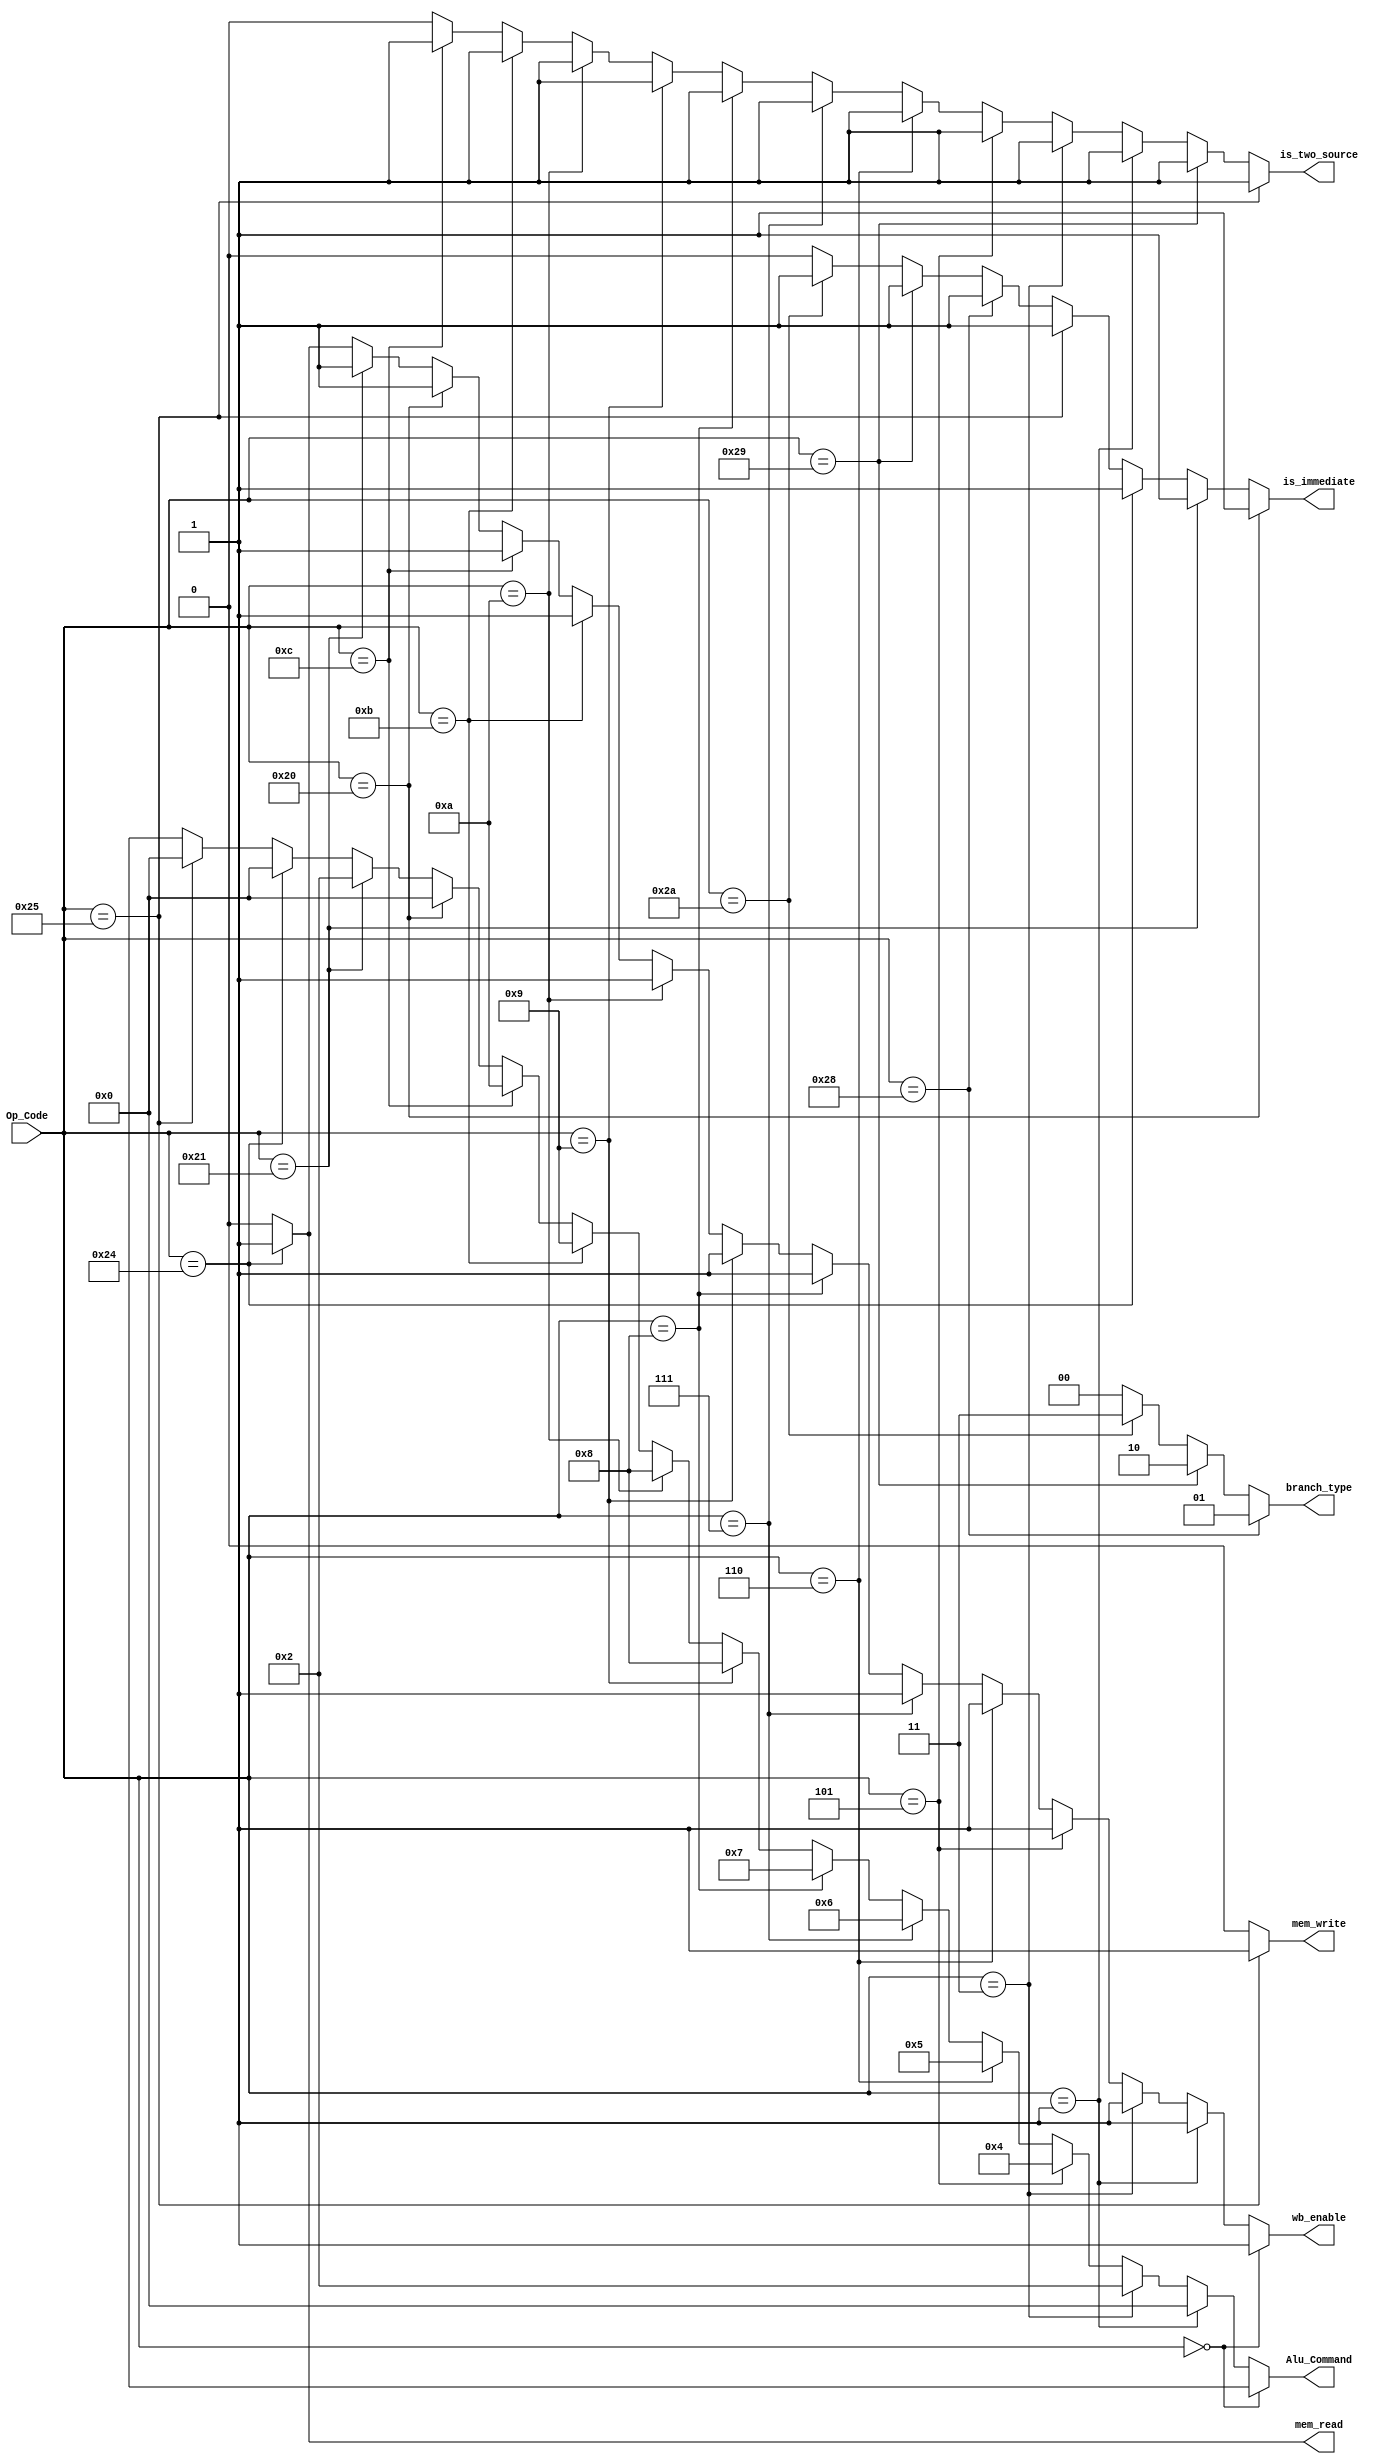
module Control_Unit(
    input[5:0] Op_Code,
    output [3:0] Alu_Command, output mem_read,mem_write,
    output [1:0] branch_type,
    output wb_enable,is_immediate,
    output is_two_source
  );
  assign Alu_Command = (Op_Code == 6'b000000) ?  4'bxxxx ://0
                       (Op_Code == 6'b000001) ?  4'b0000 ://1
                       (Op_Code == 6'b000011) ?  4'b0010 ://3
                       (Op_Code == 6'b000101) ?  4'b0100 ://5
                       (Op_Code == 6'b000110) ?  4'b0101 ://6
                       (Op_Code == 6'b000111) ?  4'b0110 ://7
                       (Op_Code == 6'b001000) ?  4'b0111 ://8
                       (Op_Code == 6'b001001) ?  4'b1000 ://9
                       (Op_Code == 6'b001010) ?  4'b1000 ://10
                       (Op_Code == 6'b001011) ?  4'b1001 ://11
                       (Op_Code == 6'b001100) ?  4'b1010 ://12
                       (Op_Code == 6'b100000) ?  4'b0000 ://32
                       (Op_Code == 6'b100001) ?  4'b0010 ://33
                       (Op_Code == 6'b100100) ?  4'b0000 ://36
                       (Op_Code == 6'b100101) ?  4'b0000 ://37
                       (Op_Code == 6'b101000) ?  4'bxxxx ://40
                       (Op_Code == 6'b101001) ?  4'bxxxx ://41
                       (Op_Code == 6'b101010) ?  4'bxxxx ://42
                       4'bxxxx;


  assign wb_enable =   (Op_Code == 6'b000000) ?  1'b1 ://0
                       (Op_Code == 6'b000001) ?  1'b1 ://1
                       (Op_Code == 6'b000011) ?  1'b1 ://3
                       (Op_Code == 6'b000101) ?  1'b1 ://5
                       (Op_Code == 6'b000110) ?  1'b1 ://6
                       (Op_Code == 6'b000111) ?  1'b1 ://7
                       (Op_Code == 6'b001000) ?  1'b1 ://8
                       (Op_Code == 6'b001001) ?  1'b1 ://9
                       (Op_Code == 6'b001010) ?  1'b1 ://10
                       (Op_Code == 6'b001011) ?  1'b1 ://11
                       (Op_Code == 6'b001100) ?  1'b1 ://12
                       (Op_Code == 6'b100000) ?  1'b1 ://32
                       (Op_Code == 6'b100001) ?  1'b1 ://33
                       (Op_Code == 6'b100100) ?  1'b1 ://36
                       1'b0;

  assign is_immediate =  (Op_Code == 6'b100000) ?  1'b1 ://32
                         (Op_Code == 6'b100001) ?  1'b1 ://33
                         (Op_Code == 6'b100100) ?  1'b1 ://36
                         (Op_Code == 6'b100101) ?  1'b1 ://37
                         (Op_Code == 6'b101000) ?  1'b1 ://40
                         (Op_Code == 6'b101001) ?  1'b1 ://41
                         (Op_Code == 6'b101010) ?  1'b1 ://42
                         1'b0;

  assign mem_read = (Op_Code == 6'b100100) ? 1'b1: 1'b0;//36

  assign mem_write = (Op_Code == 6'b100101) ? 1'b1: 1'b0;//37

  assign branch_type = (Op_Code == 6'b101000) ?  2'b01 ://40
                       (Op_Code == 6'b101001) ?  2'b10 ://41
                       (Op_Code == 6'b101010) ?  2'b11 ://42
                       2'b00;

  assign is_two_source = (Op_Code == 6'b100101) ? 1'b1 :
                         (Op_Code == 6'b101001) ? 1'b1 :
                         (Op_Code == 6'b000001) ?  1'b1 ://1
                         (Op_Code == 6'b000011) ?  1'b1 ://3
                         (Op_Code == 6'b000101) ?  1'b1 ://5
                         (Op_Code == 6'b000110) ?  1'b1 ://6
                         (Op_Code == 6'b000111) ?  1'b1 ://7
                         (Op_Code == 6'b001000) ?  1'b1 ://8
                         (Op_Code == 6'b001001) ?  1'b1 ://9
                         (Op_Code == 6'b001010) ?  1'b1 ://10
                         (Op_Code == 6'b001011) ?  1'b1 ://11
                         (Op_Code == 6'b001100) ?  1'b1 ://12                       
                         1'b0;
  // always@(*) begin
  //  case(Op_Code)
  //     6'b000000: Alu_Command <= 4'bxxxx;  //0
  //     6'b000001: begin Alu_Command <= 4'b0000; wb_enable <=1'b1; end //1
  //     6'b000011: begin Alu_Command <= 4'b0010; wb_enable <=1'b1;  end //3
  //     6'b000101: begin Alu_Command <= 4'b0100; wb_enable <=1'b1;  end//5
  //     6'b000110: begin Alu_Command <= 4'b0101; wb_enable <=1'b1;  end //6
  //     6'b000111: begin Alu_Command <= 4'b0110; wb_enable <=1'b1;  end //7
  //     6'b001000: begin Alu_Command <= 4'b0111; wb_enable <=1'b1;  end//8
  //     6'b001001: begin Alu_Command <= 4'b1000; wb_enable <=1'b1;  end//9
  //     6'b001010: begin Alu_Command <= 4'b1000; wb_enable <=1'b1;  end//10
  //     6'b001011: begin Alu_Command <= 4'b1001; wb_enable <=1'b1;  end//11
  //     6'b001100: begin Alu_Command <= 4'b1010; wb_enable <=1'b1;  end//12
  //     6'b100000: begin Alu_Command <= 4'b0000; wb_enable <=1'b1;
  //                      is_immediate <=1'b1;end//32
  //     6'b100001: begin Alu_Command <= 4'b0010; wb_enable <=1'b1;
  //                      is_immediate <=1'b1;end//33
  //     6'b100100: begin Alu_Command <= 4'b0000; mem_read<=1'b1;
  //                      wb_enable <=1'b1;
  //                      is_immediate <= 1'b1; end//36
  //     6'b100101: begin Alu_Command <= 4'b0000; mem_write <=1'b1; is_immediate <= 1'b1; end//37
  //     6'b101000: begin Alu_Command <= 4'bxxxx; branch_type <= 2'b01; is_immediate <= 1'b1; end //branch_taken <=1;  end//40
  //     6'b101001: begin Alu_Command <= 4'bxxxx; branch_type <= 2'b10; is_immediate <= 1'b1; end// branch_taken <=1;  end//41
  //     6'b101010: begin Alu_Command <= 4'bxxxx; branch_type <= 2'b11; is_immediate <= 1'b1; end //branch_taken <=1; end//42
	// 	default:
	// 		begin
	// 			Alu_Command<=4'b0000;
	// 			mem_read<=1'b0;
	// 			mem_write<=1'b0;
	// 			wb_enable<=1'b0;
	// 			branch_type<=2'b0;
	// 			is_immediate<=1'b0;
	// 		end
  //   endcase
  // end

  endmodule